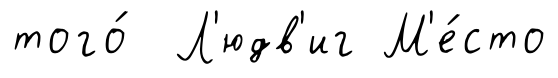
того́ Л'юдв'иг М'е́сто